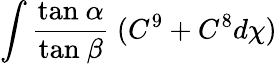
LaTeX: \int\frac{\mathrm{tan}~\alpha}{\mathrm{tan}~\beta}~(C^{9}+C^{8}d\chi)